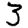
Digit: 3